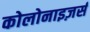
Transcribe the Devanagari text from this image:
कोलोनाइज़र्स